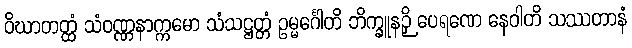
ဝိဃာတတ္ထံ သံဝဏ္ဏနာက္ကမော သံသဋ္ဌတ္တံ ဥမ္မင်္ဂေါတိ ဘိက္ခူနဉှိ ပေရဏေ နေဝါတိ သဿတာနံ